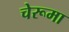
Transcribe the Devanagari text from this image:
चेरूमा